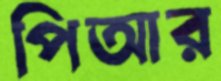
পিআর